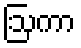
ဩကာ